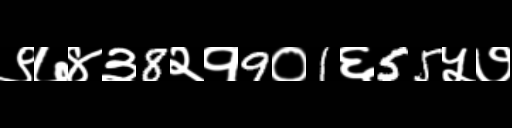
Text: ९७४३8२१9०1६55५७